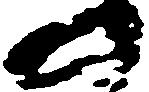
の